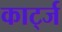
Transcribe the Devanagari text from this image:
कार्ट्ज